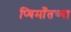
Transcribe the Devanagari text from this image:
प्यिमाँतच्या